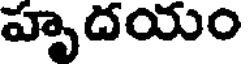
హృదయం